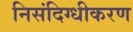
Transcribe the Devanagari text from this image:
निसंदिग्धीकरण